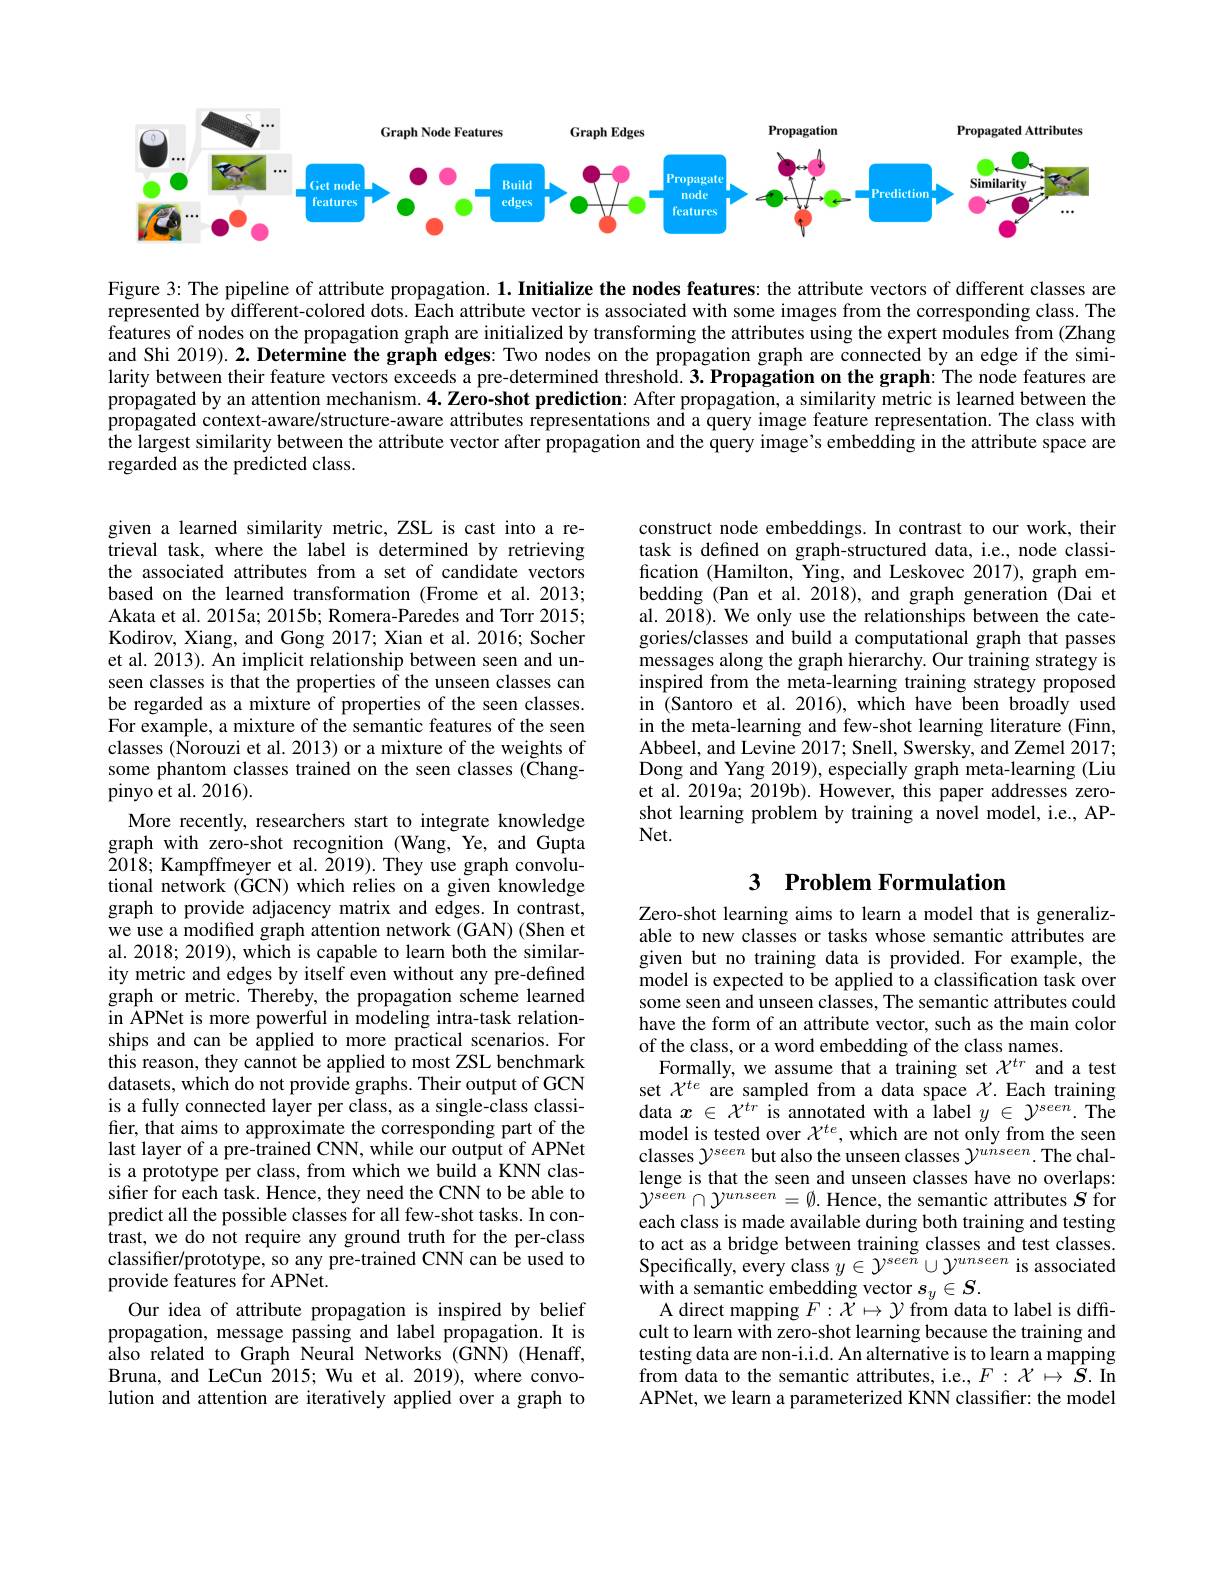
<FigureHere>

Figure 3: The pipeline of attribute propagation. $1. \textbf{Initialize the nodesfeatures: the attribute vectors of different classes are}$ represented by different-colored dots. Each attribute vector is associated with some images from the corresponding class. The features of nodes on the propagation graph are initialized by transforming the attributes using the expert modules from (Zhang and Shi 2019). 2. Determine the graph edges: Two nodes on the propagation graph are connected by an edge if the similarity between their feature vectors exceeds a pre-determined threshold. $3. \textbf{Propagationonthegraph: Thenodefeaturesare}$ propagated by an attention mechanism. $4.\tilde{\text{Zero-shot prediction: After propagation, a similarity metric is learned between the}}$ propagated context-aware/structure-aware attributes representations and a query image feature representation. The class with the largest similarity between the attribute vector after propagation and the query image's embedding in the attribute space are regarded as the predicted class.

construct node embeddings. In contrast to our work, their task is defined on graph-structured data, i.e., node classification (Hamilton, Ying, and Leskovec 2017), graph embedding (Pan et al. 2018), and graph generation (Dai et al. 2018). We only use the relationships between the categories/classes and build a computational graph that passes messages along the graph hierarchy. Our training strategy is inspired from the meta-learning training strategy proposed in (Santoro et al. 2016), which have been broadly used in the meta-learning and few-shot learning literature (Finn, Abbeel, and Levine 2017; Snell, Swersky, and Zemel 2017; Dong and Yang 2019), especially graph meta-learning (Liu et al. 2019a; 2019b). However, this paper addresses zeroshot learning problem by training a novel model, i.e., APNet.

# 3 Problem Formulation

given a learned similarity metric, ZSL is cast into a retrieval task, where the label is determined by retrieving the associated attributes from a set of candidate vectors based on the learned transformation (Frome et al.2013; Akata et al. 2015a; 2015b; Romera-Paredes and Torr 2015; Kodirov, Xiang, and Gong 2017; Xian et al. 2016; Socher et al. 2013). An implicit relationship between seen and unseen classes is that the properties of the unseen classes can be regarded as a mixture of properties of the seen classes. For example, a mixture of the semantic features of the seen classes ($\hat{\text{Norouzi et al. 2013) or a mixture of the weights of}}$ some phantom classes trained on the seen classes (Changpinyo et al. 2016).
More recently, researchers start to integrate knowledge graph with zero-shot recognition (Wang, Ye, and Gupta 2018; Kampffmeyer et al. 2019). They use graph convolutional network ($\dot{\mathrm{GCN}})$ which relies on a given knowledge graph to provide adjacency matrix and edges. In contrast, we use a modified graph attention network (GAN) (Shen et al. 2018; 2019), which is capable to learn both the similarity metric and edges by itself even without any pre-defined graph or metric. Thereby, the propagation scheme learned in APNet is more powerful in modeling intra-task relationships and can be applied to more practical scenarios. For this reason, they cannot be applied to most ZSL benchmark datasets, which do not provide graphs. Their output of GCN is a fully connected layer per class, as a single-class classifer, that aims to approximate the corresponding part of the last layer of a pre-trained CNN, while our output of APNet is a prototype per class, from which we build a KNN classifier for each task. Hence, they need the CNN to be able to predict all the possible classes for all few-shot tasks. In contrast, we do not require any ground truth for the per-class classifier/prototype, so any pre-trained CNN can be used to provide features for APNet.
Our idea of attribute propagation is inspired by belief propagation, message passing and label propagation. It is also related to Graph Neural Networks (GNN) (Henaff, Bruna, and LeCun 2015; Wu et al. 2019), where convolution and attention are iteratively applied over a graph to

Zero-shot learning aims to learn a model that is generalizable to new classes or tasks whose semantic attributes are given but no training data is provided. For example, the model is expected to be applied to a classification task over some seen and unseen classes, The semantic attributes could have the form of an attribute vector, such as the main color of the class, or a word embedding of the class names.
Formally, we assume that a training set $\chi^{tr}$ and a test set $\chi^{te}$ are sampled from a data space $\chi$.Each training data $x\in\mathcal{X}^{tr}$ is annotated with a label $y\in\mathcal{Y}^{seen}.$ The model is tested over $\mathcal{X}^{te}$, which are not only from the seen classes $\mathcal{Y}^{seen}$ but also the unseen classes $\mathcal{Y}^{unseen}.$ The challenge is that the seen and unseen classes have no overlaps: $\mathcal{Y}^{seen}\cap\mathcal{Y}^{unseen}=\emptyset.$ Hence, the semantic attributes $S$ for each class is made available during both training and testing to act as a bridge between training classes and test classes. Specifically, every class $y\in\mathcal{Y}^{seen}\cup\mathcal{Y}^{unseen}$ is associated ${\mathrm{with~a~semantic~embedding~vector~}s_{y}\in S.}$
A direct mapping $F:\tilde{\mathcal{X}}\mapsto\mathcal{Y}$ from data to label is diffcult to learn with zero-shot learning because the training and testing data are non-i.i.d. An alternative is to learn a mapping from data to the semantic attributes, i.e., $F:\mathcal{X}\mapsto S.$ In APNet, we learn a parameterized KNN classifier: the model